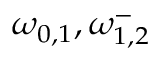
\omega _ { 0 , 1 } , \omega _ { 1 , 2 } ^ { - }